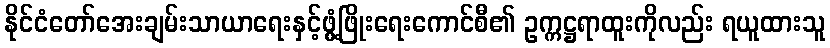
နိုင်ငံတော်အေးချမ်းသာယာရေးနှင့်ဖွံ့ဖြိုးရေးကောင်စီ၏ ဥက္ကဋ္ဌရာထူးကိုလည်း ရယူထားသူ